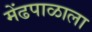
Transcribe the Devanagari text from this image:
मेंढपाळाला